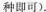
种即可)。